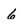
Character: 6